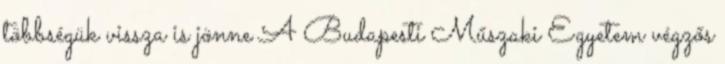
többségük vissza is jönne A Budapesti Műszaki Egyetem végzős